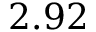
2 . 9 2